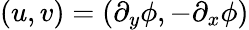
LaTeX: (u,v)=(\partial_{y}\phi,-\partial_{x}\phi)